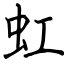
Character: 虹